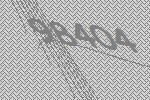
98404